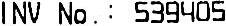
INV NO. : 539405